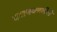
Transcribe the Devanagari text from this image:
दशवक्त्रगीतं